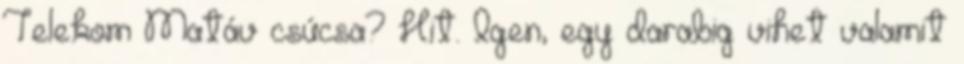
Telekom Matáv csúcsa? Hit. Igen, egy darabig vihet valamit